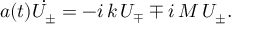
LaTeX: a ( t ) \dot { U _ { \pm } } = - i \, k \, U _ { \mp } \mp i \, M \, U _ { \pm } .